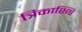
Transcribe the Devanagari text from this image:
त्रिकास्थि